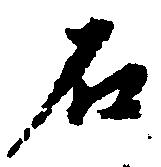
石